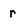
Character: r